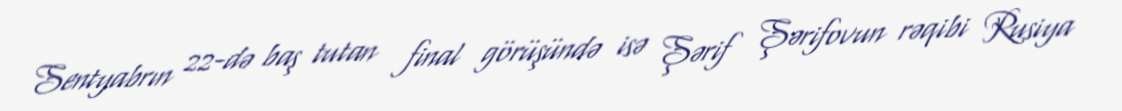
Sentyabrın 22-də baş tutan final görüşündə isə Şərif Şərifovun rəqibi Rusiya